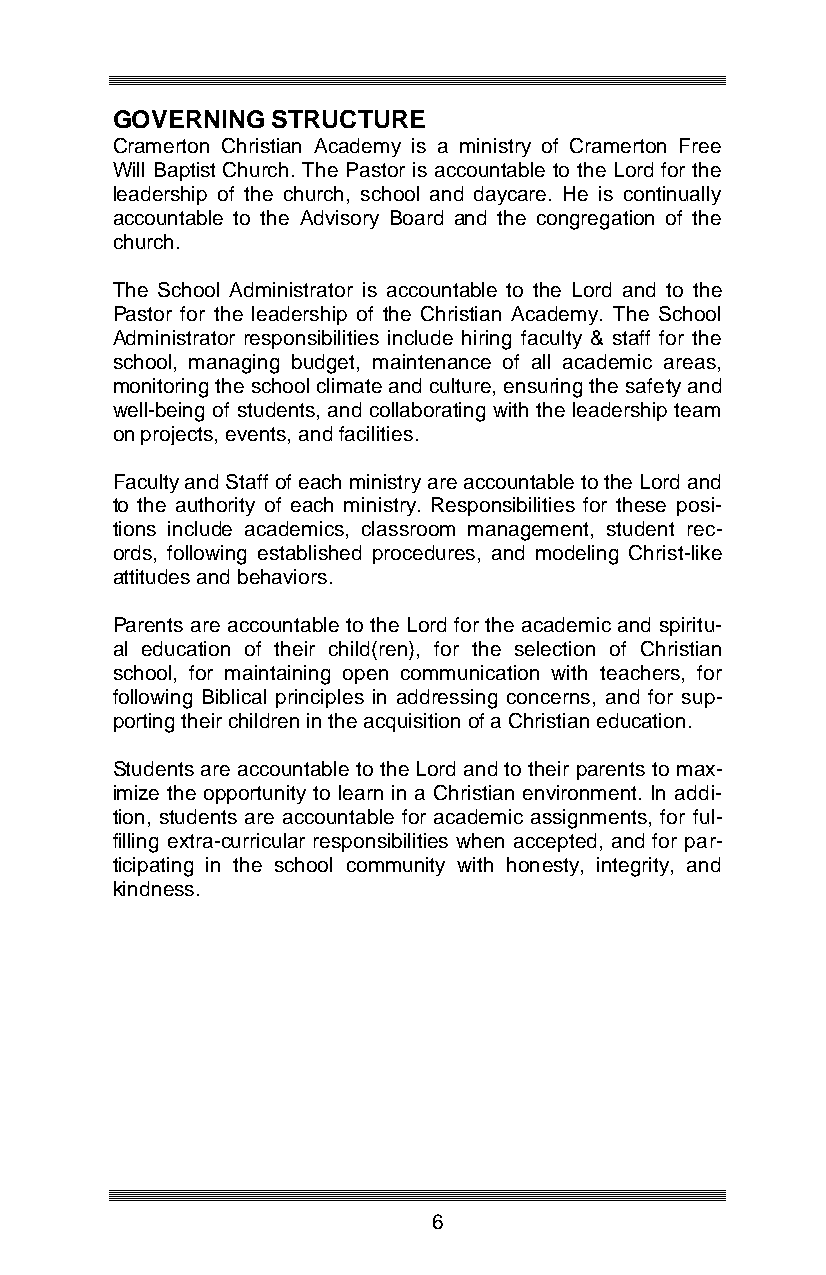
GOVERNING  STRUCTURE
 Cramerton Christian Academy is a ministry of Cramerton Free
 Will Baptist Church. The Pastor is accountable to the Lord for the
 leadership of the church, school and daycare. He is continually
 accountable to the Advisory Board and the congregation of the
 church.
 The School Administrator is accountable to the Lord and to the
 Pastor for the leadership of the Christian Academy. The School
 Administrator responsibilities include hiring faculty & staff for the
 school, managing budget, maintenance of all academic areas,
 monitoring the school climate and culture, ensuring the safety and
 well-being of students, and collaborating with the leadership team
 on projects, events, and facilities.
 Faculty and Staff of each ministry are accountable to the Lord and
 to the authority of each ministry. Responsibilities for these posi-
 tions include academics, classroom management, student rec-
 ords, following established procedures, and modeling Christ-like
 attitudes and behaviors.
 Parents are accountable to the Lord for the academic and spiritu-
 al education of their child(ren), for the selection of Christian
 school, for maintaining open communication with teachers, for
 following Biblical principles in addressing concerns, and for sup-
 porting their children in the acquisition of a Christian education.
 Students are accountable to the Lord and to their parents to max-
 imize the opportunity to learn in a Christian environment. In addi-
 tion, students are accountable for academic assignments, for ful-
 filling extra-curricular responsibilities when accepted, and for par-
 ticipating in the school community with honesty, integrity, and
 kindness.
 6